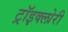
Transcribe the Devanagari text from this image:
ट्रॉइक्लोरी